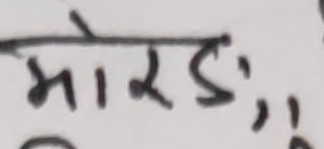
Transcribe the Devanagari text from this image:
मोरडः।।